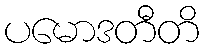
ပမောဒတီတိ